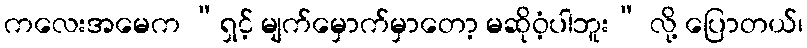
ကလေးအမေက “ရှင့် မျက်မှောက်မှာတော့ မဆိုဝံ့ပါဘူး” လို့ ပြောတယ်၊